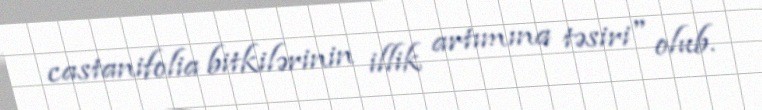
castanifolia bitkilərinin illik artımına təsiri" olub.